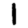
Digit: 1